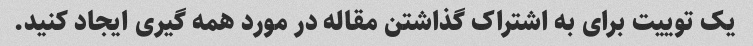
یک توییت برای به اشتراک گذاشتن مقاله در مورد همه گیری ایجاد کنید.